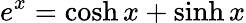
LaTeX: e^{x}=\cosh x+\sinh x